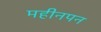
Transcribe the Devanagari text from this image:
महीनपन